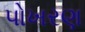
પોખરણ